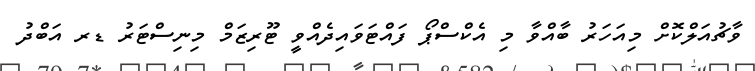
ވާޗުއަލްކޮށް މިއަހަރު ބާއްވާ މި އެކްސްޕޯ ފައްޓަވައިދެއްވީ ޓޫރިޒަމް މިނިސްޓަރު ޑރ އަބްދު